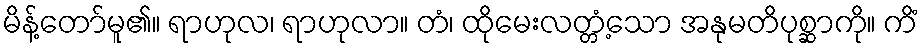
မိန့်တော်မူ၏။ ရာဟုလ၊ ရာဟုလာ။ တံ၊ ထိုမေးလတ္တံ့သော အနုမတိပုစ္ဆာကို။ ကိံ